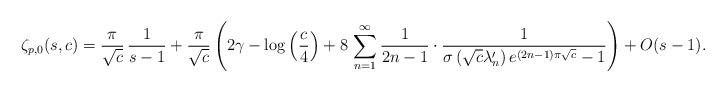
LaTeX: \begin{align*}\zeta_{p,0}(s,c)=\frac{\pi}{\sqrt{c}}\,\frac{1}{s-1}+\frac{\pi}{\sqrt{c}}\left(2\gamma-\log\left(\frac{c}{4}\right)+8\,\sum_{n=1}^{\infty}\frac{1}{2n-1}\cdot\frac{1}{\sigma\left(\sqrt{c}\lambda_{n}^{\prime}\right)e^{(2n-1)\pi\sqrt{c}}-1}\right)+O(s-1).\end{align*}